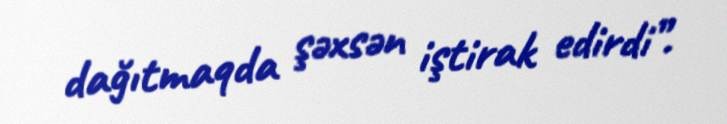
dağıtmaqda şəxsən iştirak edirdi”.